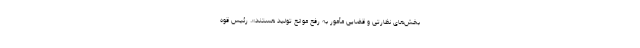
بخش‌های نظارتی و قضایی مأمور به رفع موانع تولید هستند». رئیس قوه